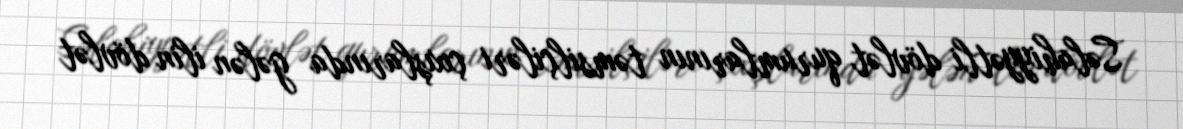
Səlahiyyətli dövlət qurumlarının təmsilçiləri çıxışlarında gələn ilin dövlət